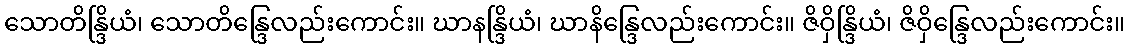
သောတိန္ဒြိယံ၊ သောတိန္ဒြေလည်းကောင်း။ ဃာနန္ဒြိယံ၊ ဃာနိန္ဒြေလည်းကောင်း။ ဇိဝှိန္ဒြိယံ၊ ဇိဝှိန္ဒြေလည်းကောင်း။